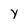
Character: Y